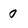
Character: 0